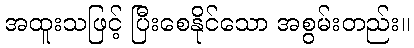
အထူးသဖြင့် ပြီးစေနိုင်သော အစွမ်းတည်း။